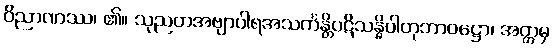
ဝိညာဏဿ၊ ၏။ သုညတအဗျာပါရအသင်္ကန္တိပဋိသန္ဓိပါတုဘာဝဋ္ဌော၊ အတ္တမှ